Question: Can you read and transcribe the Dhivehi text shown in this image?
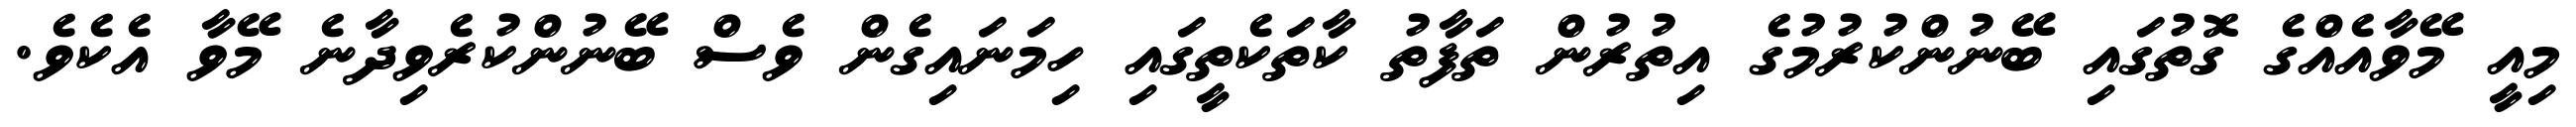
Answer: މިއީ މޭވާއެއްގެ ގޮތުގައި ބޭނުންކުރުމުގެ އިތުރުން ތަފާތު ކާތަކެތީގައި ހިމަނައިގެން ވެސް ބޭނުންކުރެވިދާނެ މޭވާ އެކެވެ.